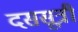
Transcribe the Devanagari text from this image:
दससूत्री